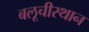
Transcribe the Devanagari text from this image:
बलूचीस्थान